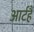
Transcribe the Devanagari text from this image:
आर्टहै